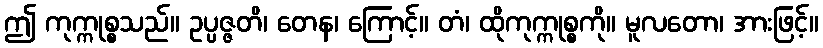
ဤ ကုက္ကုစ္စသည်။ ဥပ္ပဇ္ဇတိ၊ တေန၊ ကြောင့်။ တံ၊ ထိုကုက္ကုစ္စကို။ မူလတော၊ အားဖြင့်။